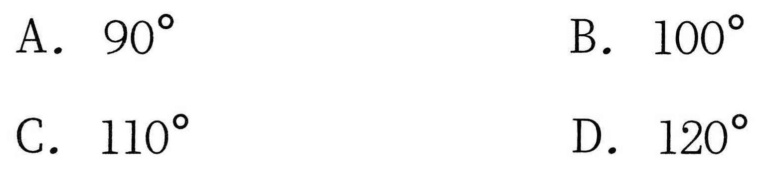
A. $90^{\circ}$
B. $100^{\circ}$
C. $110^{\circ}$
D. $120^{\circ}$